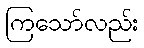
ကြသော်လည်း